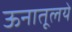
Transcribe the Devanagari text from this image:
ऊनातूलये